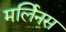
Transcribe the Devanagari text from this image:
मर्लिनस